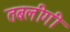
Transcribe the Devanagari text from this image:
तबलीगी